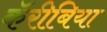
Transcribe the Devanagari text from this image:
कॅरीबिया